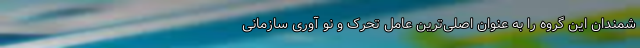
شمندان این گروه را به عنوان اصلی‌ترین عامل تحرک و نو آوری سازمانی